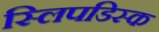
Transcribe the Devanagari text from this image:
स्लिपडिस्क